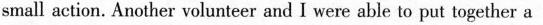
small action. Another volunteer and I were able to put together a